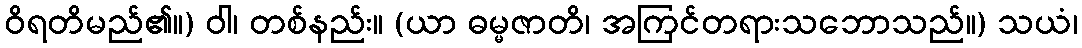
ဝိရတိမည်၏။) ဝါ၊ တစ်နည်း။ (ယာ ဓမ္မဇာတိ၊ အကြင်တရားသဘောသည်။) သယံ၊